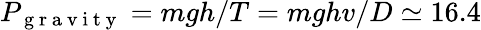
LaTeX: P_{\mathrm{~g~r~a~v~i~t~y~}}=mgh/T=mghv/D\simeq 16.4